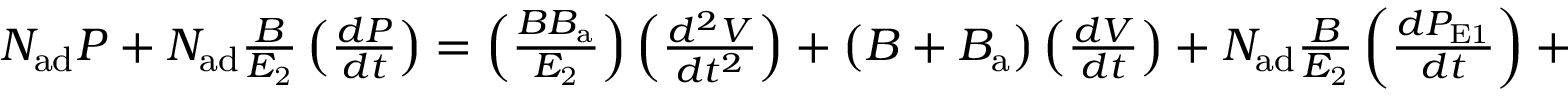
\begin{array} { r } { N _ { \mathrm { a d } } P + N _ { \mathrm { a d } } \frac { B } { E _ { \mathrm { 2 } } } \left( \frac { d P } { d t } \right) = \left( \frac { B B _ { \mathrm { a } } } { E _ { \mathrm { 2 } } } \right) \left( \frac { d ^ { 2 } V } { d t ^ { 2 } } \right) + \left( B + B _ { \mathrm { a } } \right) \left( \frac { d V } { d t } \right) + N _ { \mathrm { a d } } \frac { B } { E _ { \mathrm { 2 } } } \left( \frac { d P _ { \mathrm { E 1 } } } { d t } \right) + N _ { \mathrm { a d } } P _ { \mathrm { E 1 } } . } \end{array}